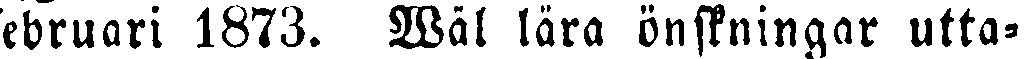
ebruari 1873. Wäl lära önskningar utta-